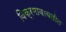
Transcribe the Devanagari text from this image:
विक्रमाबाबतीत